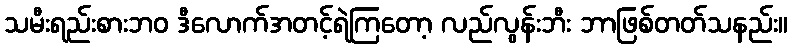
သမီးရည်းစားဘဝ ဒီလောက်အတင့်ရဲကြတော့ လည်လွန်းဘီး ဘာဖြစ်တတ်သနည်း။